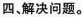
四，解决问题。